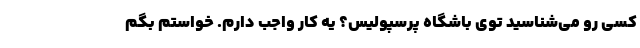
کسی رو می‌شناسید توی باشگاه پرسپولیس؟ یه کار واجب دارم. خواستم بگم